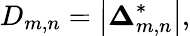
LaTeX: D_{m,n}=\left|{{\boldsymbol{\Delta}}_{m,n}^{*}}\right|,